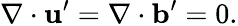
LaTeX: \nabla\cdot{\mathbf{u}}^{\prime}=\nabla\cdot{\mathbf{b}}^{\prime}=0.